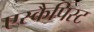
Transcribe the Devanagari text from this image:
एस्कैपिस्ट